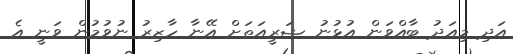
އަދި މިއަދު ބާއްވަން އުޅުނު ޝަރީއަތަށް އޭނާ ހާޒިރު ނުވުމުން ވަނީ އެ